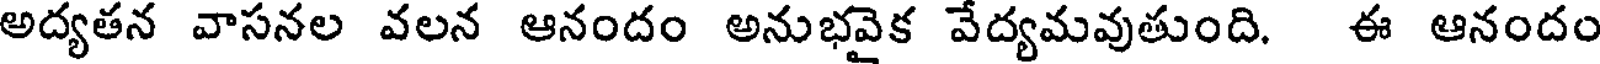
అద్యతన వాసనల వలన ఆనందం అనుభవైక వేద్యమవుతుంది. ఈ ఆనందం